Report on horse surra - Volume II, Part II
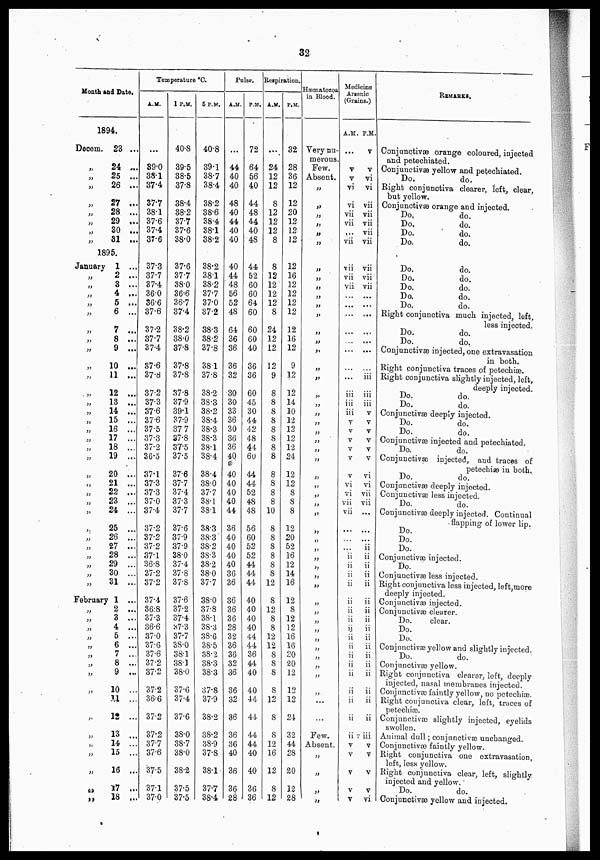
32
Month and Date.
1894.
Decern.
„
„
„
„
„
„
„
„
23 ...
24 ...
25 ...
26 ...
27 ...
28 ...
29 ...
30 ...
81 ...
1895.
January
„
„
„
„
„
„
„
„
„
„
„
„
„
„
„
„
„
„
„
„
„
„
„
„
„
„
„
„
„
„
1 ...
2 ...
3 ...
4 ...
5 ...
6 ...
7 ...
8 ...
9 ...
10 ...
11 ...
12 ...
13 ...
14 ...
15 ...
16 ...
17 ...
18 ...
19 ...
20 ...
21 ...
22 ...
23 ...
24 ...
25 ...
26 ...
27 ...
28 ...
29 ...
30 ...
31 ...
February 1 ...
„
„
„
„
„
„
„
„
„
„
„
„
„
„
„
„
„
„
2 ...
3 ..
4 ..
5 ..
6 ..
7 ..
8 ..
9 ,.
10 ..
11..
12 ..
13 .
14 .
15 .
16 .
17 .
18 ,
Temperature °C.
A.M.
...
89.0
38.1
37.4
37.7
38.1
37.6
37.4
37.6
37.3
37.7
37.4
36.0
36.6
37.6
37.2
37.7
37.4
37.6
37.8
37.2
37.3
37.6
37.6
37.5
37.3
37.2
36.5
37.1
37.3
37.3
37.0
37.4
37.2
37.2
37.2
1 P.M.
40.8
39.5
38.5
37.8
38.4
38.2
37.7
37.6
38.0
37.6
37.7
38.0
36.6
36.7
37.4
38.2
38.0
37.8
37.8
37.8
37.8
37.9
39.1
37.9
37.7
37.8
37.5
37.5
37.6
37.7
37.4
37.3
37.7
37.6
37.9
37.9
37.1 38.0
36.8
37.4
37.2
37.2
37.4
36.8
37.3
36.6
37.0
37.6
37.6
37.2
37.2
37.2
36.6
37.2
37.2
37.7
37.6
37.5
37.1
37.0
37.8
37.8
37.6
37.2
37.4
37.3
37.7
38.0
38.1
38.3
38.0
37.6
37.4
37.6
38.0
38.7
38.0
38.2
37.5
37.5
5 P.M.
40.8
39.1
38.7
38.4
38.2
38.6
38.4
38.1
38.2
38.2
38.1
38.2
37.7
37.0
37.2
38.3
38.2
37.8
38.1
37.8
38.2
38.3
38.2
38.4
38.3
38.3
38.1
38.4
38.4
38.0
37.7
38.1
38.1
38.3
38.3
38.2
38.3
38.2
38.0
37.7
38.0
37-8
38.1
38.3
38.6
38.5
38.2
38.3
38.3
37.8
37.9
38.2
38.2
38.9
37.8
38.1
37.7
38.4
Pulse.
Respiration.
A.M.
...
44
40
40
48
40
44
40
40
40
44
48
56
52
48
64
36
36
36
32
30
30
33
36
30
36
36
40
40
40
40
40
44
36
40
40
40
40
36
P.M.
72
64
56
40
44
48
44
40
48
44
52
60
60
64
60
60
60
40
36
36
60
45
30
44
42
48
44
60
44
44
52
48
48
56
60
52
52
44
44
36 44
36
36
36
28
32
36
36
32
36
36
32
36
36
36
40
36
36
28
40
40
40
40
44
44
36
44
40
40
44
44
44
44
40
40
36
36
...
24
12
12
8
12
12
12
8
8
12
12
12
12
8
24
12
12
12
9
8
8
8
8
8
8
8
8
8
8
8
8
10
8
32
28
36
12
12
20
12
12
12
12
16
12
12
12
12
12
16
12
9
12
12
14
10
12
12
12
12
24
12
12
8
8
8
12
8 20
8
8
8
8
12
8
12
8
8
12
12
8
8
8
8
12
8
8
12
16
12
8
12
52
16
12
14
16
12
8
12
32
16
16
20
20
12
12
12
24
32
44
28
20
12
28
Haematozoa
in Blood.
Very nu-
merous.
Few.
Absent.
„
„
„
„
„
„
„
„
,
„
„
„
„
„
„
„
„
„
„
„
„
„
„
„
„
„
„
„
„
„
„
„
„
„
„
„
„
„
„
„
„
„
„
„
„
„
„
...
...
Few.
Absent
„
„
„
„
Medicine
Arsenic
(Grains.)
A.M.
...
v
v
vi
vi
vii
vii
...
vii
vii
vii
vii
...
...
...
...
...
...
...
...
iii
iii
iii
v
v
v
v
v
v
vi
vi
vii
vii
...
...
...
ii
ii
ii
ii
ii
ii
ii
ii
ii
ii
ii
ii
ii
ii
ii
ii
ii
v
v
v
v
v
REMARKS.
P.M.
v
v
vi
vi
vii
vii
vii
vii
vii
vii
vii
vii
...
...
...
...
...
...
...
iii
iii
iii
v
v
v
v
v
v
vi
vi
vii
vii
...
...
...
ii
ii
ii
ii
Conjunctivæ orange coloured, injected
and petechiated.
Conjunctivæ yellow and petechiated.
Do.
do.
Right conjunctiva clearer, left, clear,
but yellow.
Conjunctivæ orange and injected.
Do,
do.
Do.
do.
Do.
do.
Do.
do.
Do.
do.
Do.
do.
Do.
do.
Do.
do.
Do.
do.
Right conjunctiva much injected, left,
less injected.
Do.
do.
Do.
do.
Conjunctivæ injected, one extravasation
in both.
Right conjunctiva traces of petechiæ.
Right conjunctiva slightly injected, left,
deeply injected.
Do.
do.
.Do.
do.
Conjunctivæ deeply injected.
Do.
do.
.Do.
do.
Conjunctivæ injected and petechiated.
Do.
do.
Conjunctivæ injected, and traces of
petechiæ in both.
.Do.
do.
Conjunctivæ deeply injected.
Conjunctivæ less injected.
Do.
do.
Conjunctivæ deeply injected. Continual
flapping of lower lip.
Do.
Do.
Do.
Conjunctivæ injected.
Do.
Conjunctivæ less injected.
ii Right conjunctiva less injected, left,more
ii
ii
ii
ii
ii
ii
ii
ii
ii
ii
ii
ii
iii
v
v
v
v
vi
deeply injected.
Conjunctivæ injected.
Conjunctivæ clearer.
Do.
clear.
Do.
Do.
Conjunctivæ yellow and slightly injected.
Do.
do.
Conjunctivæ yellow.
Right conjunctiva clearer, left, deeply
injected, nasal membranes injected.
Conjunctivæ faintly yellow, no petechiæ.
Right conjunctiva clear, left, traces of
petechiæ.
Conjunctivæ slightly injected, eyelids
swollen.
Animal dull; conjunctivæ unchanged.
Conjunctivas faintly yellow.
Right conjunctiva one extravasation,
left, less yellow.
Right conjunctiva clear, left, slightly
injected and yellow.
Do.
do.
Conjunctivæ yellow and injected.